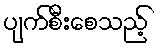
ပျက်စီးစေသည့်